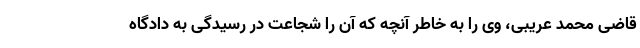
قاضی محمد عریبی، وی را به خاطر آنچه که آن را شجاعت در رسیدگی به دادگاه